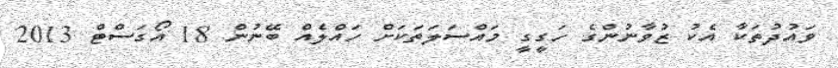
ވައުދުތަކާ އެކު ޒުވާނުންގެ ހަގީގީ މައްސަލަތަކަށް ހައްލެއް ބޭނުން 18 އޯގަސްޓް 2013